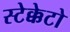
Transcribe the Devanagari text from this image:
स्टेक्केटो